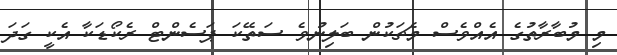
މި މުބާރާތުގެ އެއްވެސް މެޗަކުން ބަލިނުވެ ސަތޭކަ ޕަސެންޓް ރެކޯޑަކާ އެކީ ގަދަ